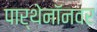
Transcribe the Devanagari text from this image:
पार्थेनॉनवर